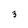
Character: 3